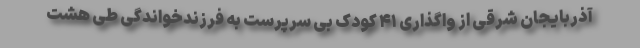
آذربایجان شرقی از واگذاری ۴۱ کودک بی سرپرست به فرزندخواندگی طی هشت